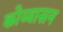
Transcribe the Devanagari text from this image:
कोय्यासन